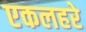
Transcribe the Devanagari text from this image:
एकलहरे